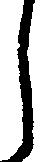
し